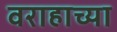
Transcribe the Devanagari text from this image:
वराहाच्या